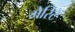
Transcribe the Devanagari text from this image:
मेरिटे